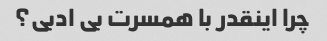
چرا اینقدر با همسرت بی ادبی؟